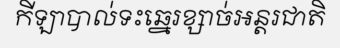
កីឡាបាល់ទះឆ្នេរខ្សាច់អន្តរជាតិ